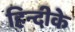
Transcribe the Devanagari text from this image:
हिन्दीके